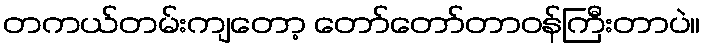
တကယ်တမ်းကျတော့ တော်တော်တာဝန်ကြီးတာပဲ။